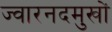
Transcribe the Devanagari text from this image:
ज्वारनदमुखों